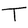
Character: T